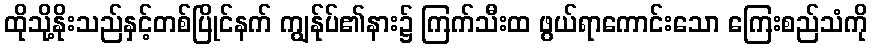
ထိုသို့နိုးသည်နှင့်တစ်ပြိုင်နက် ကျွန်ုပ်၏နား၌ ကြက်သီးထ ဖွယ်ရာကောင်းသော ကြေးစည်သံကို